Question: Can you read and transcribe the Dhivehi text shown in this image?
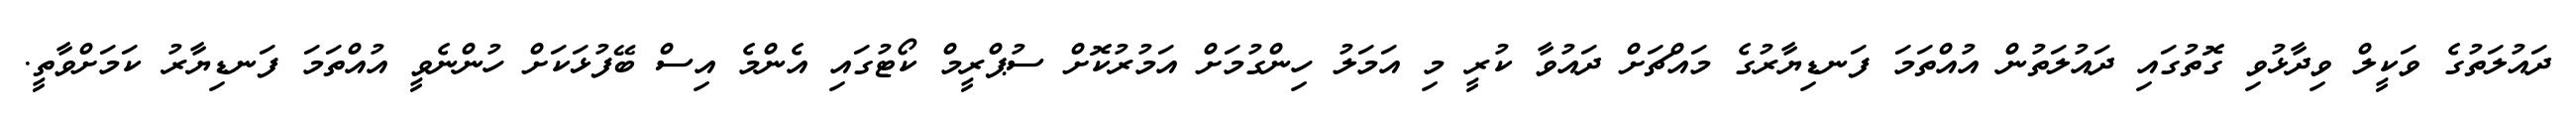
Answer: ދައުލަތުގެ ވަކީލް ވިދާޅުވި ގޮތުގައި ދައުލަތުން އުއްތަމަ ފަނޑިޔާރުގެ މައްޗަށް ދައުވާ ކުރީ މި އަމަލު ހިންގުމަށް އަމުރުކޮށް ސުޕްރީމް ކޯޓުގައި އެންމެ އިސް ބޭފުޅަކަށް ހުންނެވީ އުއްތަމަ ފަނޑިޔާރު ކަމަށްވާތީ.